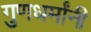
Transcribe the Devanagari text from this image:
गुणधर्मांनी